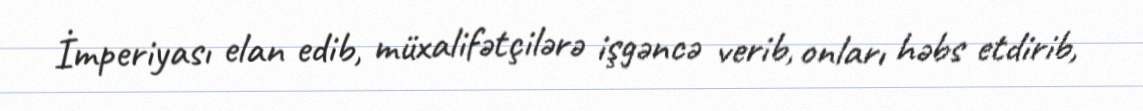
İmperiyası elan edib, müxalifətçilərə işgəncə verib, onları həbs etdirib,